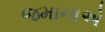
જમાનાએ